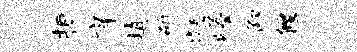
拒庠填斫凝嵯仰偃